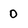
Character: 0